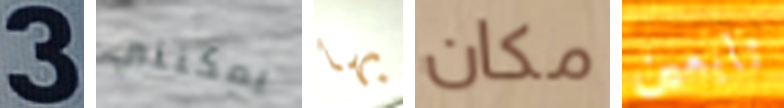
3 يمكنني بها مكان تابعين